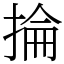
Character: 掄